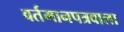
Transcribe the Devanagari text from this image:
वर्तमानपत्रवाला